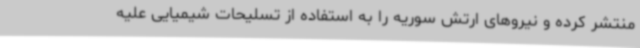
منتشر کرده و نیروهای ارتش سوریه را به استفاده از تسلیحات شیمیایی علیه